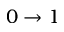
0 \rightarrow 1